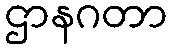
ဌာနဂတာ